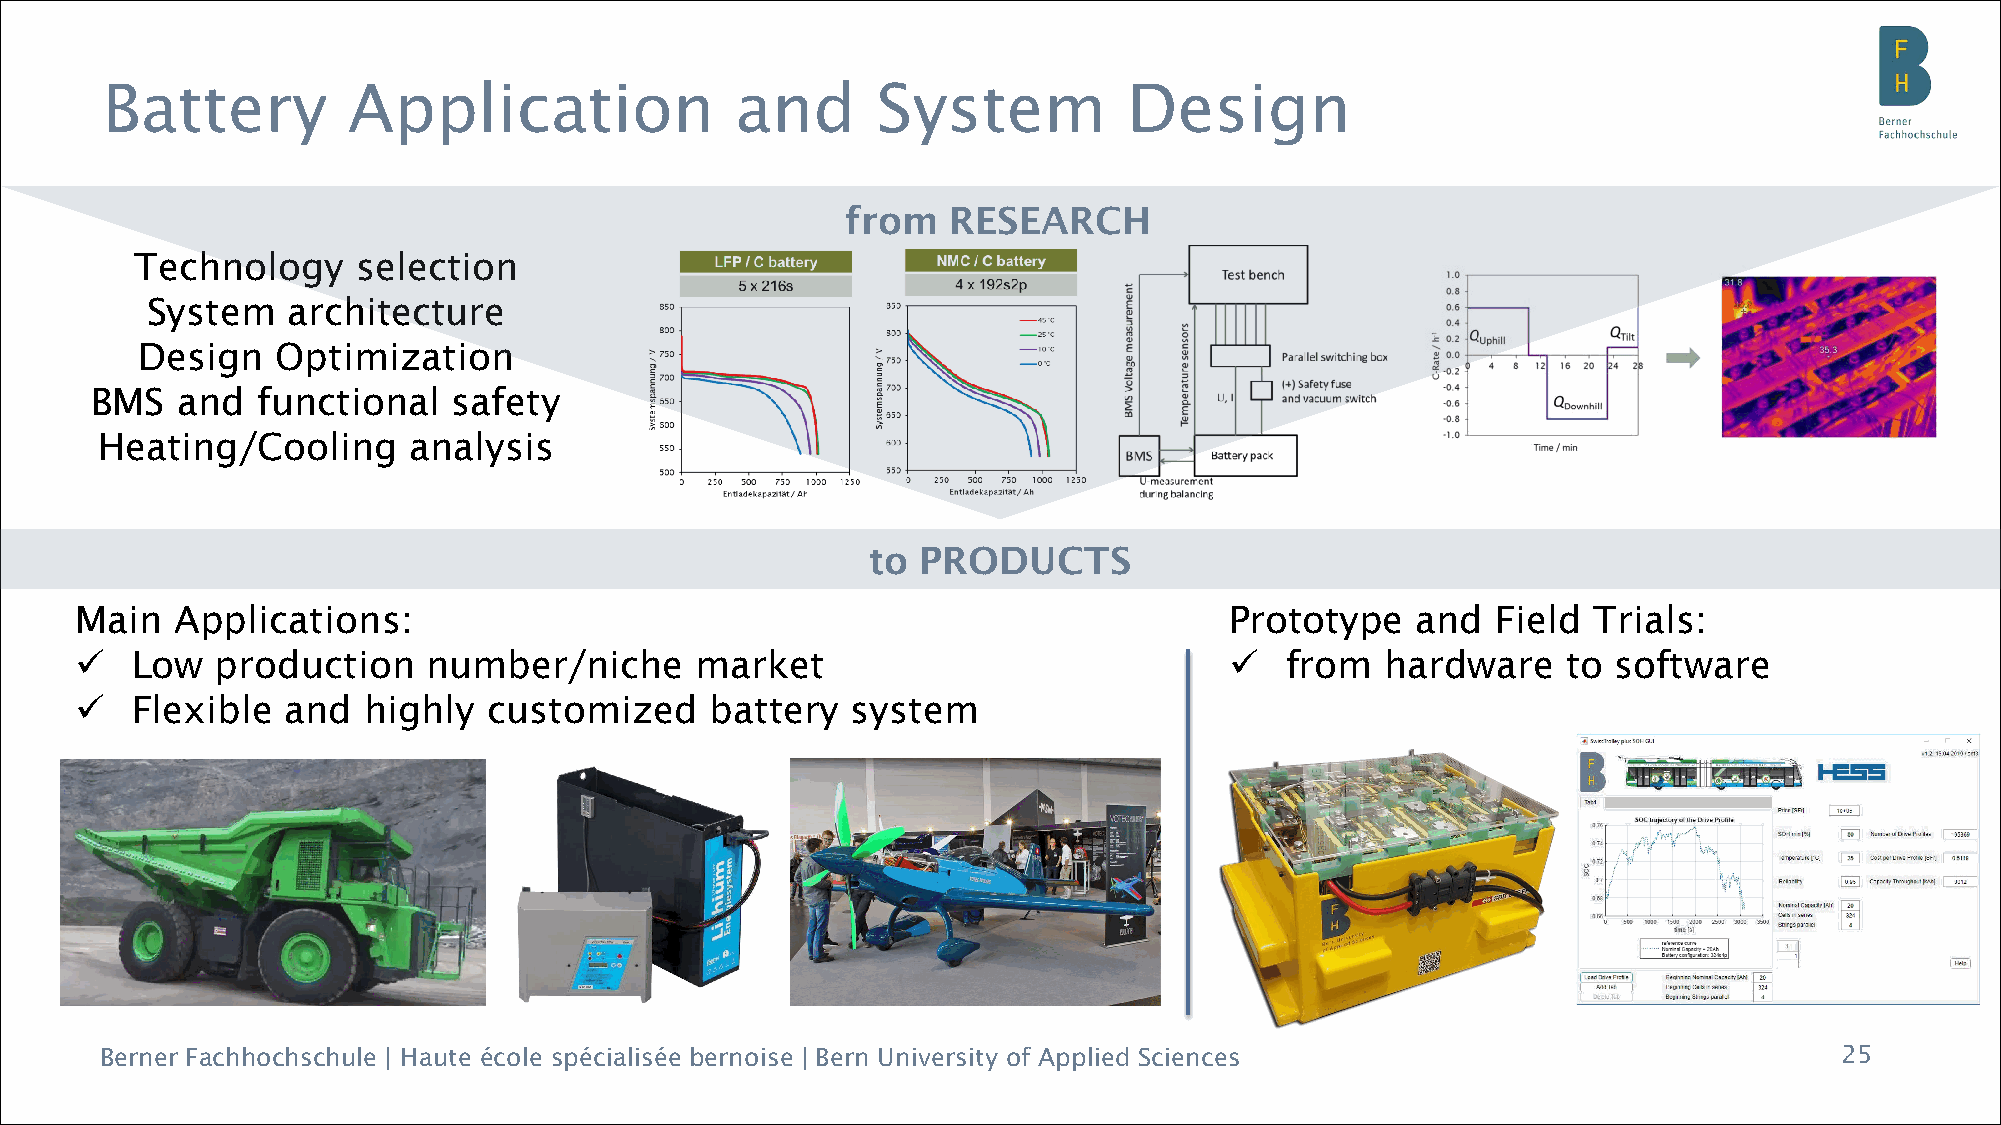
Battery         Application               and      System           Design
 from   RESEARCH
 Technology     selection
 System   architecture
 Design   Optimization
 BMS   and  functional   safety
 Heating/Cooling      analysis
 to PRODUCTS
 Main   Applications:                                                        Prototype    and  Field Trials:
    Low  production    number/niche      market                                from   hardware    to software
    Flexible  and  highly  customized     battery  system
 Berner Fachhochschule | Haute école spécialisée bernoise | Bern University of Applied Sciences                     25